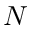
N